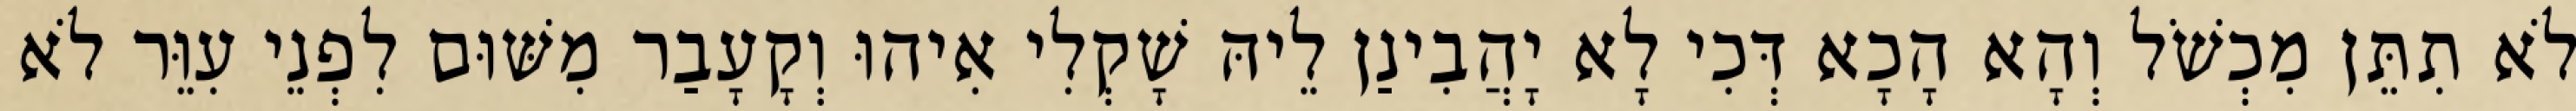
לֹא תִתֵּן מִכְשֹׁל וְהָא הָכָא דְּכִי לָא יָהֲבִינַן לֵיהּ שָׁקְלִי אִיהוּ וְקָעָבַר מִשּׁוּם לִפְנֵי עִוֵּר לֹא